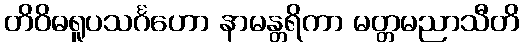
တိဝိဓရူပသင်္ဂဟော နာမန္တရိကာ မတ္တမညာသီတိ